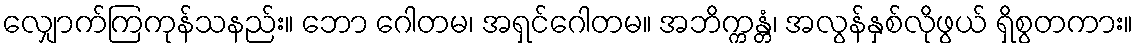
လျှောက်ကြကုန်သနည်း။ ဘော ဂေါတမ၊ အရှင်ဂေါတမ။ အဘိက္ကန္တံ၊ အလွန်နှစ်လိုဖွယ် ရှိစွတကား။